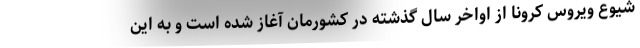
شیوع ویروس کرونا از اواخر سال گذشته در کشورمان آغاز شده است و به این